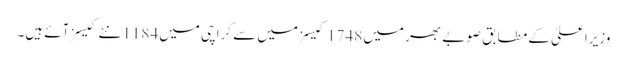
وزیراعلیٰ کے مطابق صوبے بھر میں 1748 کیسز میں سے کراچی میں 1184 نئے کیسز آئے ہیں۔